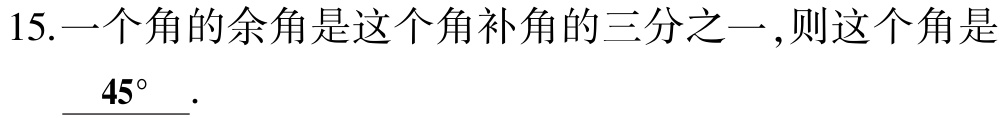
15.一个角的余角是这个角补角的三分之一,则这个角是___$45^{\circ}$___.